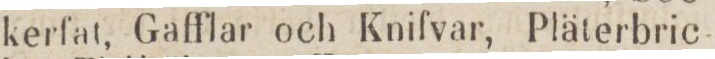
kerfat, Gafflar och Knifvar, Pläterbric-